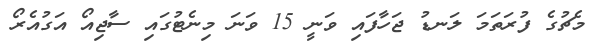
މެޗުގެ ފުރަތަމަ ލަނޑު ޖަހާފައި ވަނީ 15 ވަނަ މިނެޓުގައި ސާޖިއޯ އަގުއެރޯ